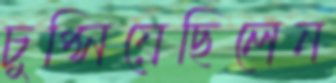
চুপ্‌সিয়েছিলেন